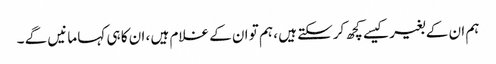
ہم ان کے بغیر کیسے کچھ کرسکتے ہیں ، ہم تو ان کے غلام ہیں ، ان کا ہی کہا مانیں گے ۔